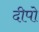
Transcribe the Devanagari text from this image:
दीपो